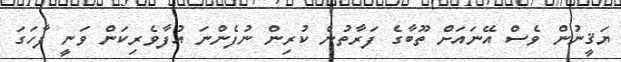
ޔަޤީނުން ވެސް އޭނައަށް ތޫބާގެ ފަރާތުން ކުރިން ނުފެންނަ އުފާވެރިކަން ވަނީ ފާހަގަ